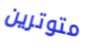
متوترين